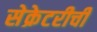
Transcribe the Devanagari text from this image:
सेक्रेटरीची